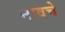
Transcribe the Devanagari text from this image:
नावचे